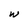
Character: W